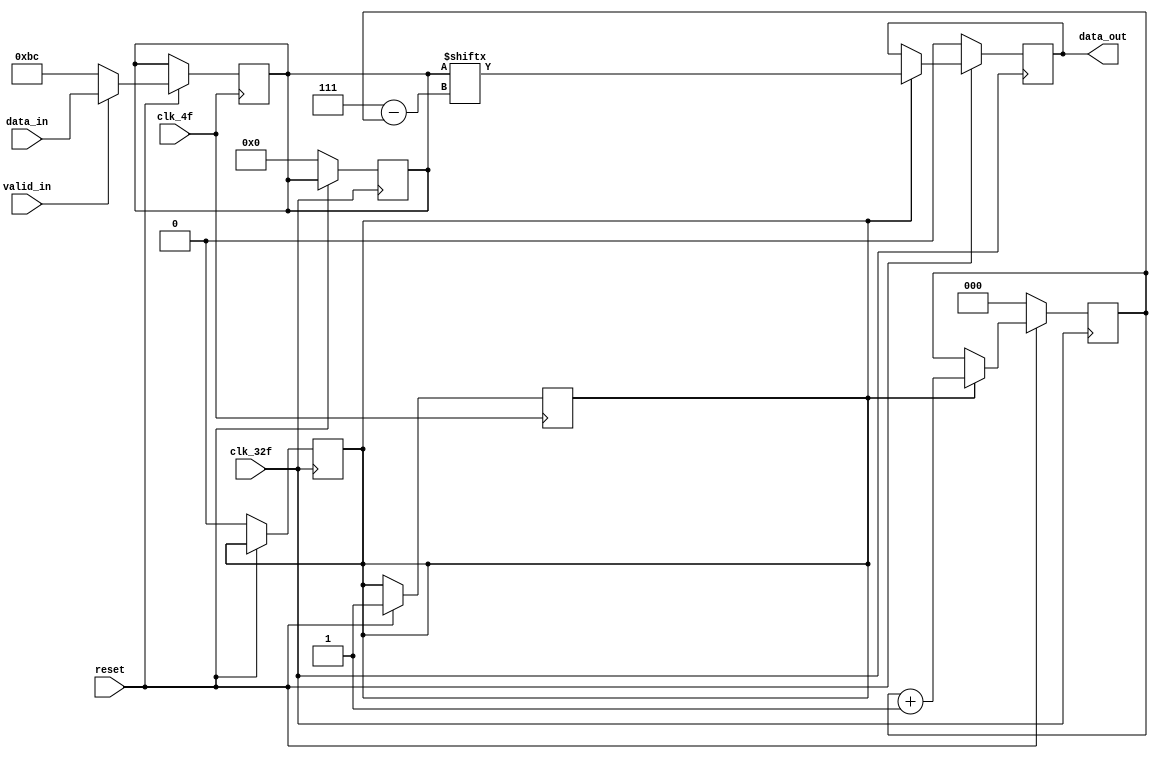
module paralelo_serial(input clk_4f,
                        input clk_32f,
                        input [7:0] data_in,
                        input valid_in,
                        input reset,
                        output reg data_out);

    reg [2:0] selector;
    reg [7:0] data2send;
    reg flag;

    always @(posedge clk_4f)
        begin
            if(reset)
                begin
                    flag <= 1;
                    if (~valid_in)
                        data2send <= 8'hBC;
                    else if(valid_in)
                        begin
                            data2send <= data_in;
                        end

                end
        end
   
    always @(posedge clk_32f)
        begin
            if(~reset)
                begin
                    selector <= 0;
                    data2send <= 0;
                    flag <= 0;
                    data_out <= 0;
                end
            else if(flag)
                begin
                    selector <= selector + 1;
                    data_out <= data2send[7 - selector];
                end
        end
endmodule